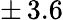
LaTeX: \pm\, 3.6